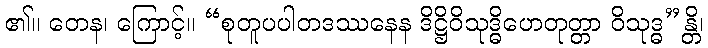
၏။ တေန၊ ကြောင့်။ “စုတူပပါတဒဿနေန ဒိဋ္ဌိဝိသုဒ္ဓိဟေတုတ္တာ ဝိသုဒ္ဓ”န္တိ၊